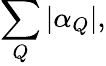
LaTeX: \sum_{Q}\left|\alpha_{Q}\right|,